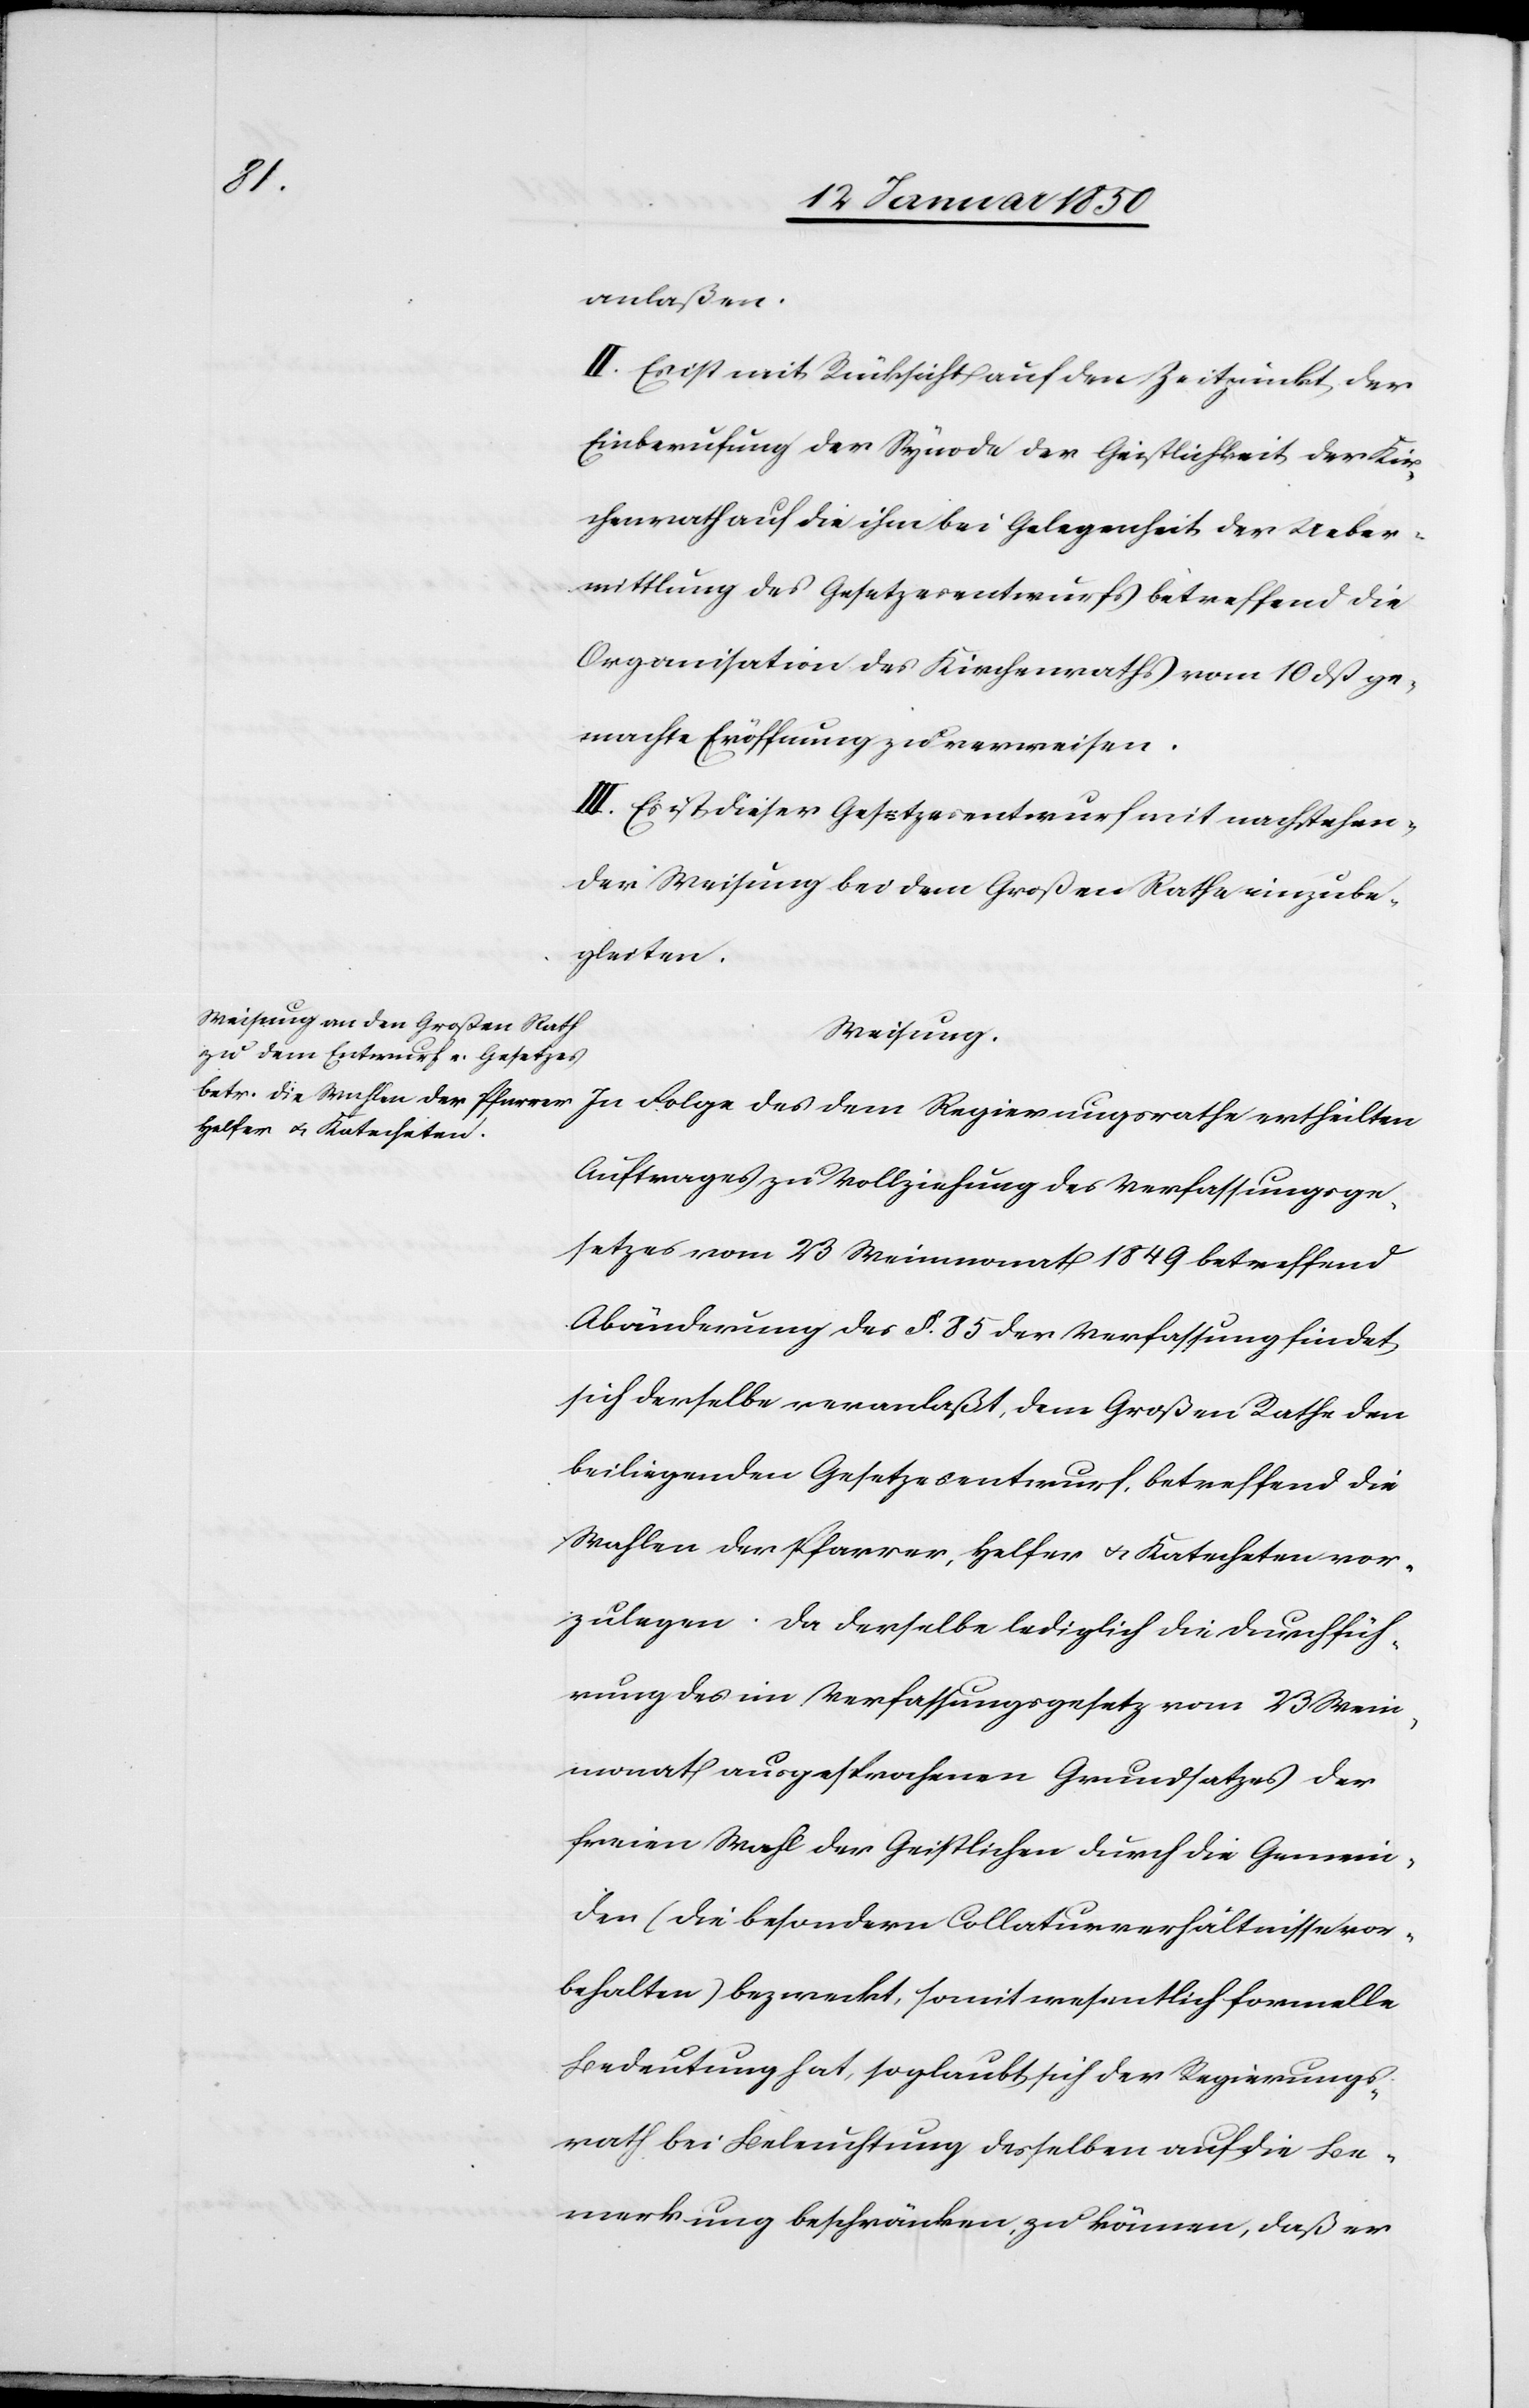
anlaßen.
II. Es ist mit Rücksicht auf den Zeitpunkt der
Einberufung der Synode der Geistlichkeit der Kir¬
chenrath auf die ihm bei Gelegenheit der Ueber¬
mittlung des Gesetzesentwurfs betreffend die
Organisation des Kirchenraths vom 10 dß ge¬
machte Eröffnung zu verweisen.
III. Es ist dieser Gesetzesentwurf mit nachstehen¬
der Weisung bei dem Großen Rathe einzube¬
gleiten.
Weisung.
In Folge des dem Regierungsrathe ertheilten
Auftrages zu Vollziehung des Verfassungsge¬
setzes vom 23 Weinmonat 1849 betreffend
Abänderung des §. 85 der Verfassung findet
sich derselbe veranlaßt, dem Großen Rathe den
beiliegenden Gesetzesentwurf, betreffend die
Wahlen der Pfarrer, Helfer u. Katecheten vor¬
zulegen. Da derselbe lediglich die Durchfüh¬
rung des im Verfassungsgesetz vom 23 Wein¬
monath ausgesprochenen Grundsatzes der
freien Wahl der Geistlichen durch die Gemein¬
den (die besondern Collaturverhältnisse vor¬
behalten) bezweckt, somit wesentlich formelle
Bedeutung hat, so glaubt sich der Regierungs¬
rath bei Beleuchtung desselben auf die Be¬
merkung beschränken zu können, daß er